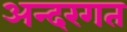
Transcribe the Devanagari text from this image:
अन्दरगत